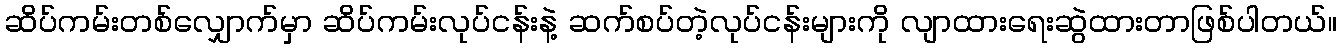
ဆိပ်ကမ်းတစ်လျှောက်မှာ ဆိပ်ကမ်းလုပ်ငန်းနဲ့ ဆက်စပ်တဲ့လုပ်ငန်းများကို လျာထားရေးဆွဲထားတာဖြစ်ပါတယ်။